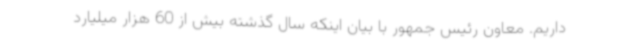
داریم. معاون رئیس جمهور با بیان اینکه سال گذشته بیش از 60 هزار میلیارد